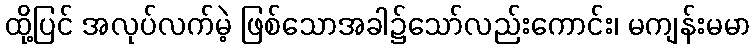
ထို့ပြင် အလုပ်လက်မဲ့ ဖြစ်သောအခါ၌သော်လည်းကောင်း၊ မကျန်းမမာ